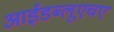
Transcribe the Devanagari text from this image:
आईडब्लूएचए